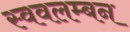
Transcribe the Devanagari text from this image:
स्ववलम्बन